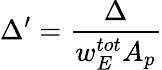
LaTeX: \Delta^{\prime}=\frac{\Delta}{w_{E}^{tot}A_{p}}